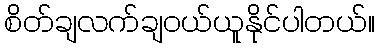
စိတ်ချလက်ချဝယ်ယူနိုင်ပါတယ်။